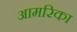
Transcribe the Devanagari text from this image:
आमरिका